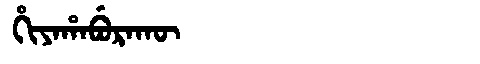
Manchu: ᡥᡳᠶᠠᡥᠠᠪᡠᡵᠠᡴᡡ
Romanization: HIYAHABURAKŪ